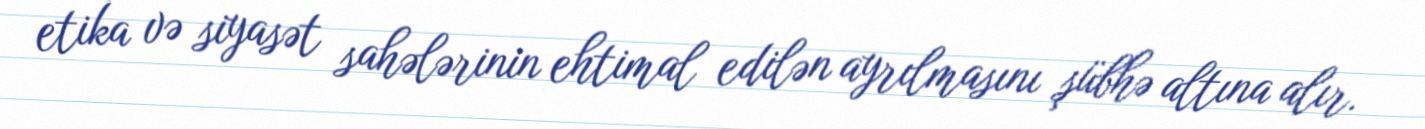
etika və siyasət sahələrinin ehtimal edilən ayrılmasını şübhə altına alır.